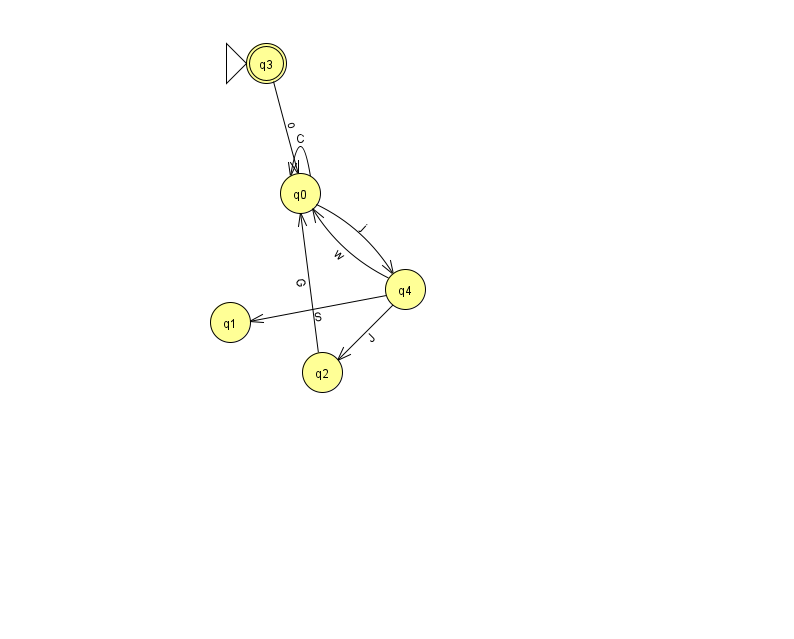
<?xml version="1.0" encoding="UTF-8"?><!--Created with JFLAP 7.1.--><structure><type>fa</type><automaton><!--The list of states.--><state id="0" name="q0"><x>300.0</x><y>180.0</y></state><state id="1" name="q1"><x>230.0</x><y>309.0</y></state><state id="2" name="q2"><x>322.0</x><y>359.0</y></state><state id="3" name="q3"><x>266.0</x><y>50.0</y><initial/><final/></state><state id="4" name="q4"><x>405.0</x><y>276.0</y></state><!--The list of transitions.--><transition><from>4</from><to>0</to><read>w</read></transition><transition><from>0</from><to>0</to><read>C</read></transition><transition><from>4</from><to>2</to><read>J</read></transition><transition><from>4</from><to>1</to><read>S</read></transition><transition><from>2</from><to>0</to><read>G</read></transition><transition><from>0</from><to>4</to><read>j</read></transition><transition><from>3</from><to>0</to><read>o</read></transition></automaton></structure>